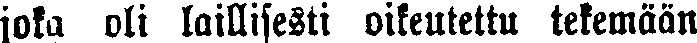
joka oli laillisesti oikeutettu tekemään